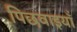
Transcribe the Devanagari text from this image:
पिछवाइयाँ